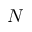
N